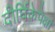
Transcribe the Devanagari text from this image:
दीर्घिकेपेक्षा